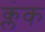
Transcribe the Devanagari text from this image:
क्लंक